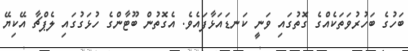
ބަހުގެ ބަހުރުވަތަކެއްގެ ގޮތުގައި ވަނީ ކަނޑައަޅާފައެވެ. އެގޮތުން ބޫޓާންގެ ހުޅަގުގައި ލެޕްޗާ އޭކިޔޭ